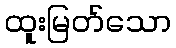
ထူးမြတ်သော